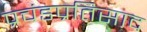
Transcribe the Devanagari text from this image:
प्रचंडप्रतिसाद